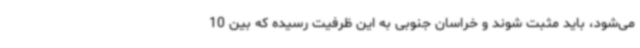
می‌شود، باید مثبت شوند و خراسان جنوبی به این ظرفیت رسیده که بین 10